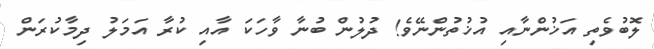
ލޮބުވެތި އަޚުންނާއި އުޚުތުންނޭވެ! ދުލުން ބުނާ ވާހަކަ އާއި ކުރާ އަމަލު ދިމާކުރަން